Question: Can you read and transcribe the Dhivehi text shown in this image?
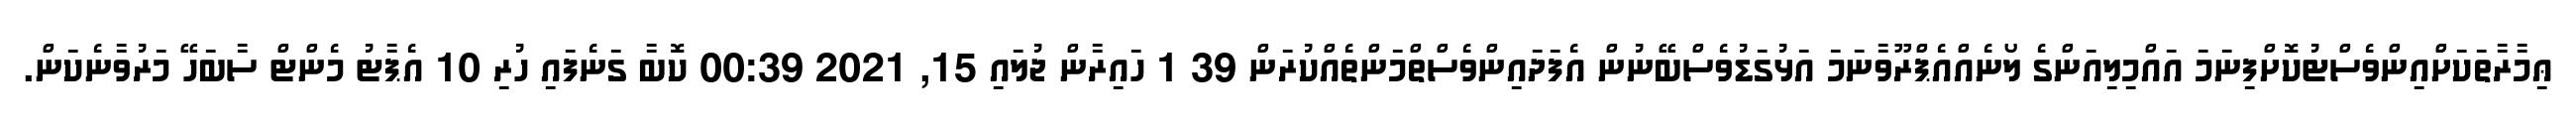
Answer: ޢިމާރާތަކަށްއިންވެސްޓުކޮށްފިނަމަ އައްމިލިއަންގެ ލޯނެއްއެޕްރޫވާނަމަ އަޅުގަޑުވެސްބޭނުން އެފަދައިންވެސްތްމަންތެއްކުރަން 39 1 ހައިރާން ޖުލައި 15, 2021 00:39 ކޮބާ ގަނެފައި ހުރި 10 އެޕާޓު މެންޓް ސާބަހޭ މަރުވާނެކަން.